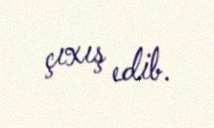
çıxış edib.